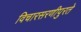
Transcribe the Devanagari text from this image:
विचारसरणीपुरते